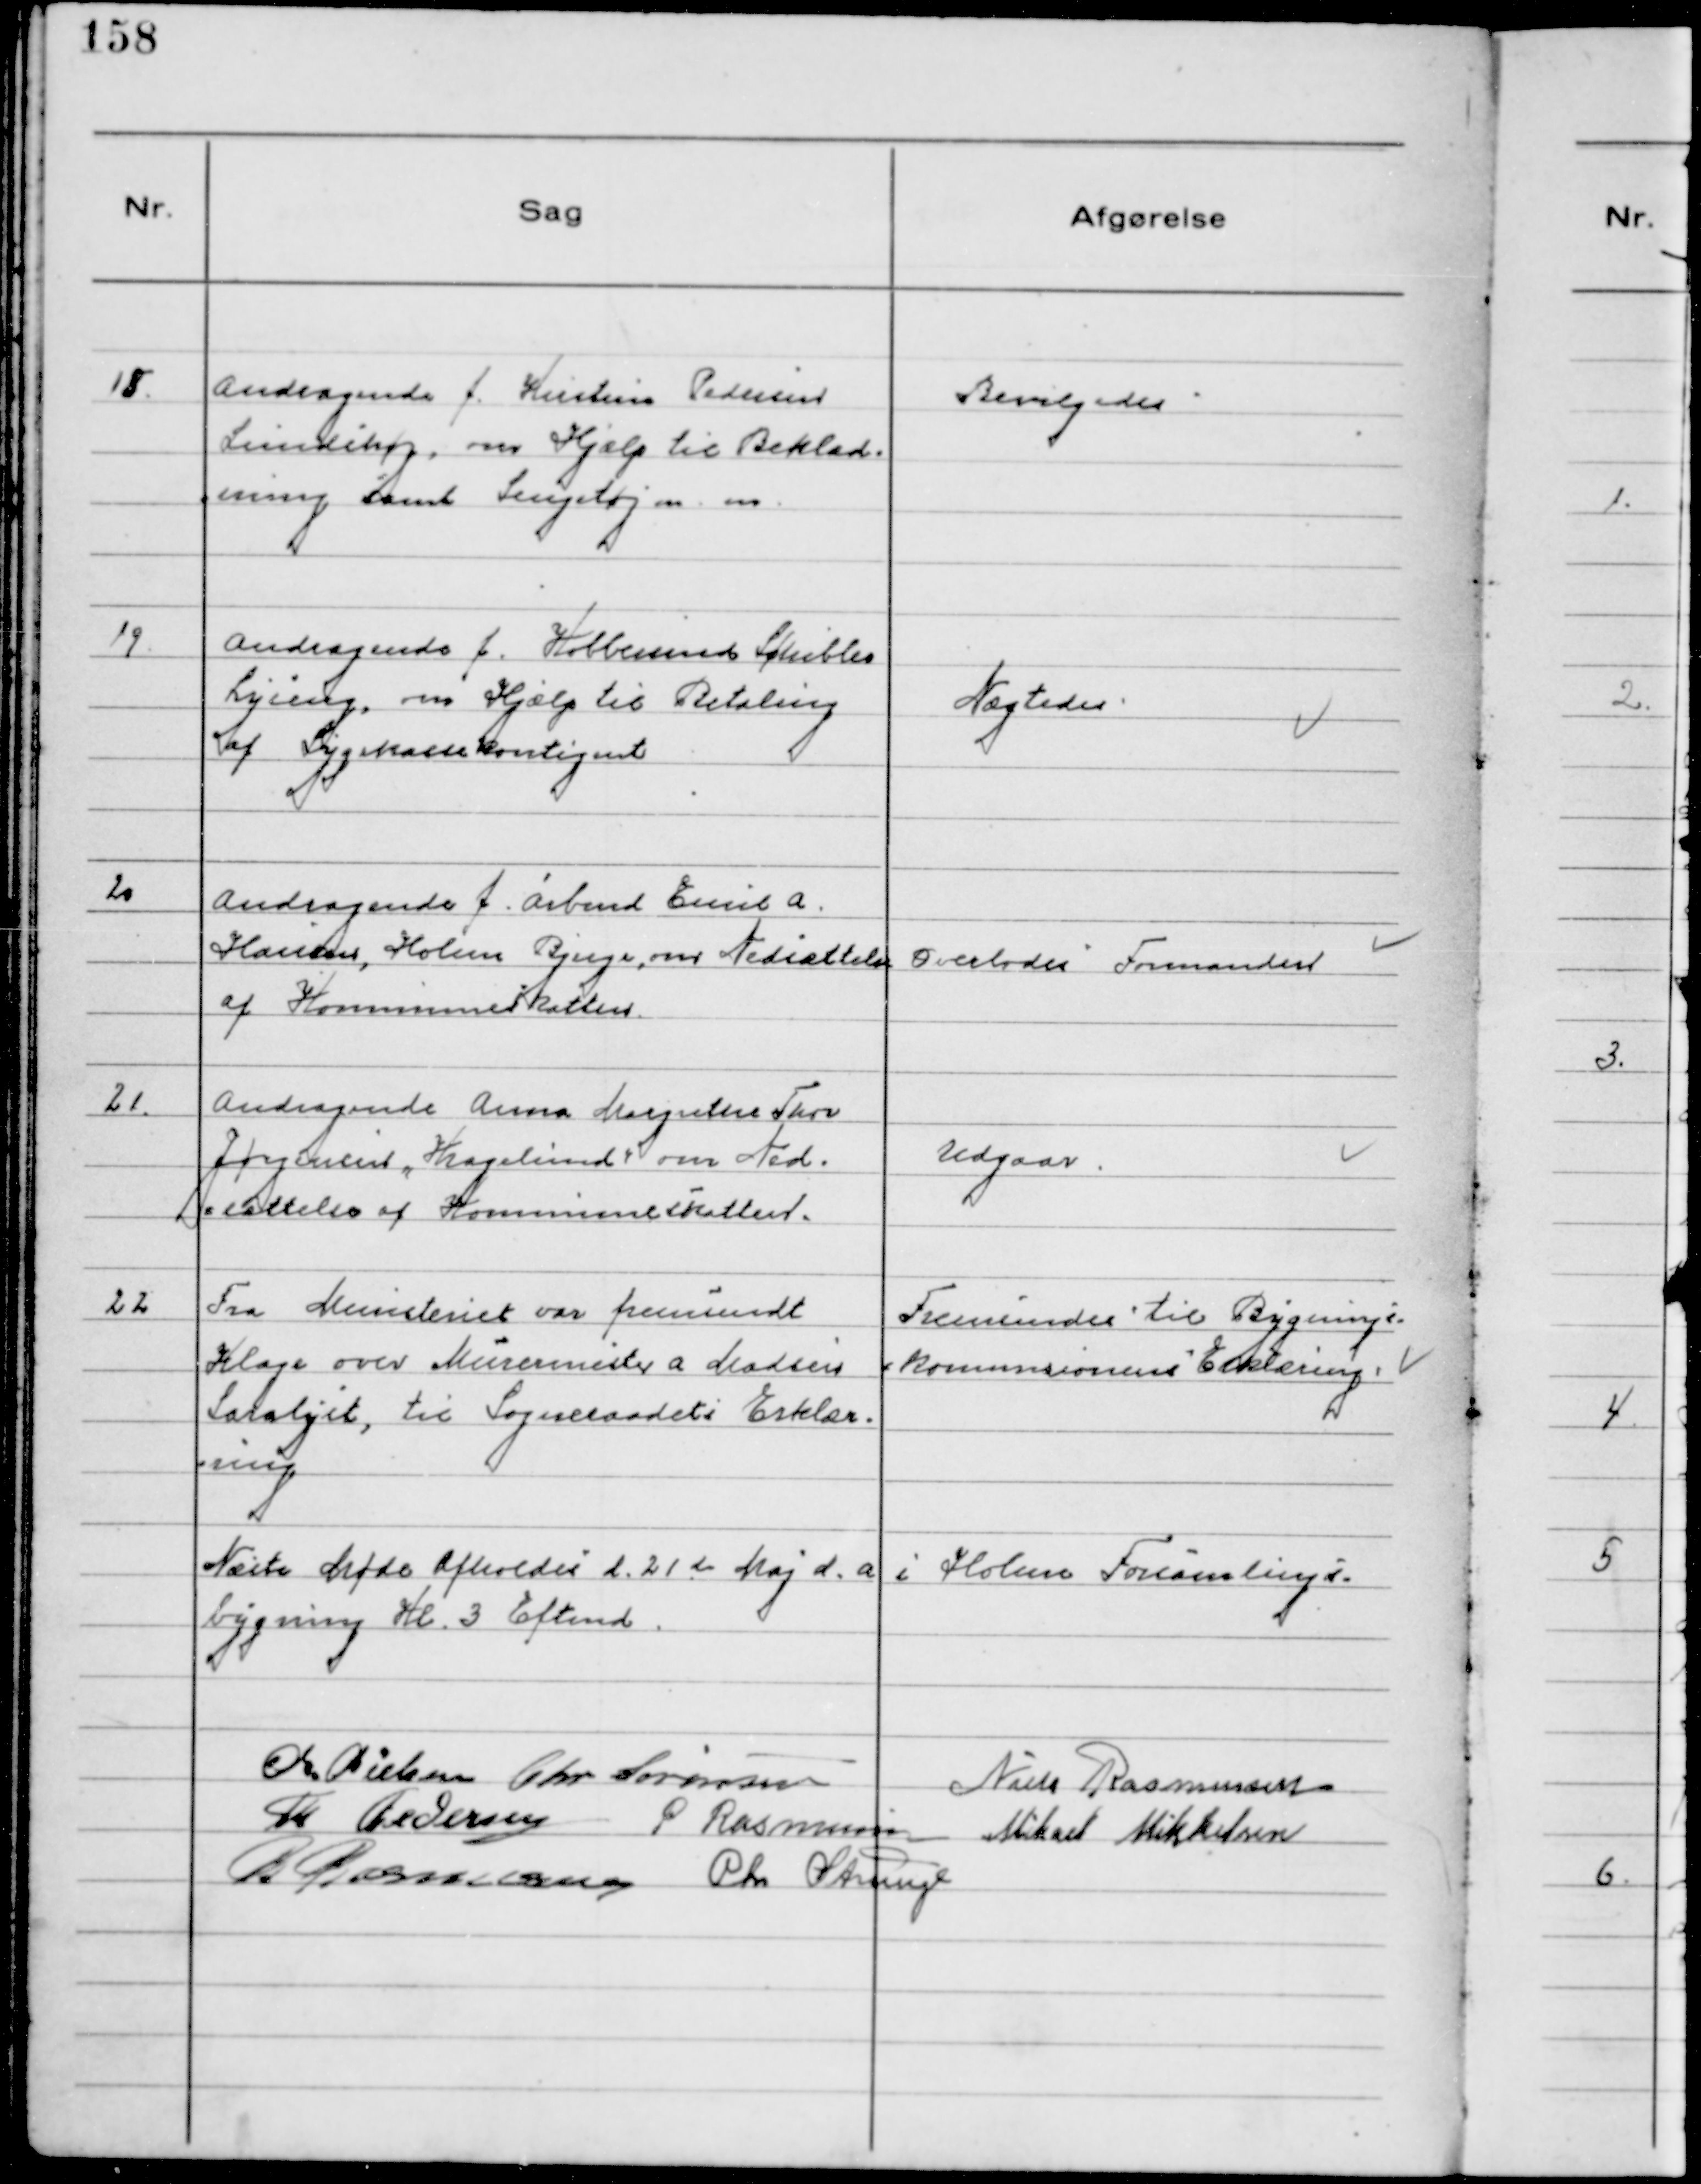
Transskription:
18.
Andragende f. Kirstine Pedersen
Lundshøj, om Hjælp til Beklæd-
ning samt Sengetøj m.m.

Bevilgedes

19.
Andragende f. Kobbersmed Schibler
Lyseng, om Hjælp til Betaling
af Sygekassekontigent

Nægtedes

20
Andragende f. Arbmd Emil A.
Hansen, Holme Bjerge, om Nedsættelse
af Kommuneskatten.

Overlodes Formanden

21.
Andragende Anna Margrethe Skov
Jørgensen "Kragelund" om Ned-
sættelse af Kommuneskatten.

Udgaar.

22
Fra Ministeriet var fremsendt
Klage over Murermester a Madsen
Saralyst, til Sogneraadets Erklær-
ring

Fremsendes til Bygnings-
kommissionens Erklæring.

Næste Møde Afholdes d. 21de Maj d.a i Holme Forsamlings-
bygning Kl. 3 Eftemd.
Chr. Nielsen Chr Sørensen
Niels Rasmussen
Th Pedersen
P Rasmussen Mikael Mikkelsen
R Rasmussen Chr Strunge